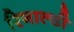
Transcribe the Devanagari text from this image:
रिनाल्डी